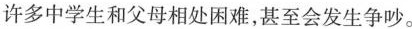
许多中学生和父母相处困难，甚至会发生争吵。